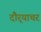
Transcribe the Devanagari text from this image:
दौर्‍याचर